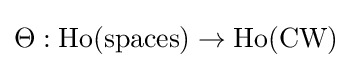
\Theta :\operatorname {Ho} ({\textrm {spaces}})\to \operatorname {Ho} ({\textrm {CW}})